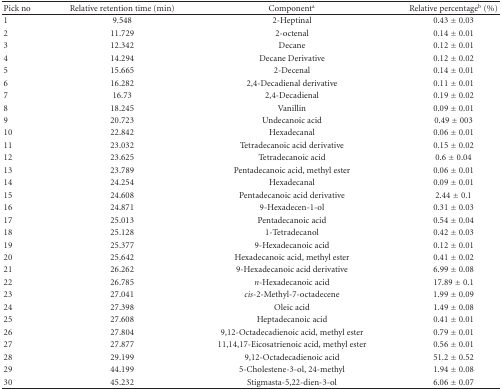
<table><thead><tr><td><b>Pick no</b></td><td><b>Relative retention time (min)</b></td><td><b>Component<sup>a</sup></b></td><td><b>Relative percentage<sup>b</sup> (%)</b></td></tr></thead><tbody><tr><td>1</td><td>9.548</td><td>2-Heptinal</td><td>0.43 ± 0.03</td></tr><tr><td>2</td><td>11.729</td><td>2-octenal</td><td>0.14 ± 0.01</td></tr><tr><td>3</td><td>12.342</td><td>Decane</td><td>0.12 ± 0.01</td></tr><tr><td>4</td><td>14.294</td><td>Decane Derivative</td><td>0.12 ± 0.02</td></tr><tr><td>5</td><td>15.665</td><td>2-Decenal</td><td>0.14 ± 0.01</td></tr><tr><td>6</td><td>16.282</td><td>2,4-Decadienal derivative</td><td>0.11 ± 0.01</td></tr><tr><td>7</td><td>16.73</td><td>2,4-Decadienal</td><td>0.19 ± 0.02</td></tr><tr><td>8</td><td>18.245</td><td>Vanillin</td><td>0.09 ± 0.01</td></tr><tr><td>9</td><td>20.723</td><td>Undecanoic acid</td><td>0.49 ± 003</td></tr><tr><td>10</td><td>22.842</td><td>Hexadecanal</td><td>0.06 ± 0.01</td></tr><tr><td>11</td><td>23.032</td><td>Tetradecanoic acid derivative</td><td>0.15 ± 0.02</td></tr><tr><td>12</td><td>23.625</td><td>Tetradecanoic acid</td><td>0.6 ± 0.04</td></tr><tr><td>13</td><td>23.789</td><td>Pentadecanoic acid, methyl ester</td><td>0.06 ± 0.01</td></tr><tr><td>14</td><td>24.254</td><td>Hexadecanal</td><td>0.09 ± 0.01</td></tr><tr><td>15</td><td>24.608</td><td>Pentadecanoic acid derivative</td><td>2.44 ± 0.1</td></tr><tr><td>16</td><td>24.871</td><td>9-Hexadecen-1-ol</td><td>0.31 ± 0.03</td></tr><tr><td>17</td><td>25.013</td><td>Pentadecanoic acid</td><td>0.54 ± 0.04</td></tr><tr><td>18</td><td>25.128</td><td>1-Tetradecanol</td><td>0.42 ± 0.03</td></tr><tr><td>19</td><td>25.377</td><td>9-Hexadecanoic acid</td><td>0.12 ± 0.01</td></tr><tr><td>20</td><td>25.642</td><td>Hexadecanoic acid, methyl ester</td><td>0.41 ± 0.02</td></tr><tr><td>21</td><td>26.262</td><td>9-Hexadecanoic acid derivative</td><td>6.99 ± 0.08</td></tr><tr><td>22</td><td>26.785</td><td><i>n</i>-Hexadecanoic acid</td><td>17.89 ± 0.1</td></tr><tr><td>23</td><td>27.041</td><td><i>cis</i>-2-Methyl-7-octadecene</td><td>1.99 ± 0.09</td></tr><tr><td>24</td><td>27.398</td><td>Oleic acid</td><td>1.49 ± 0.08</td></tr><tr><td>25</td><td>27.608</td><td>Heptadecanoic acid</td><td>0.41 ± 0.01</td></tr><tr><td>26</td><td>27.804</td><td>9,12-Octadecadienoic acid, methyl ester</td><td>0.79 ± 0.01</td></tr><tr><td>27</td><td>27.877</td><td>11,14,17-Eicosatrienoic acid, methyl ester</td><td>0.56 ± 0.01</td></tr><tr><td>28</td><td>29.199</td><td>9,12-Octadecadienoic acid</td><td>51.2 ± 0.52</td></tr><tr><td>29</td><td>44.199</td><td>5-Cholestene-3-ol, 24-methyl</td><td>1.94 ± 0.08</td></tr><tr><td>30</td><td>45.232</td><td>Stigmasta-5,22-dien-3-ol</td><td>6.06 ± 0.07</td></tr></tbody></table>